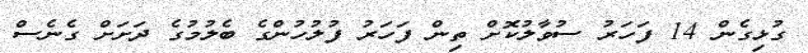
ގުޅިގެން 14 ފަހަރު ސުވާލުކޮށް ތިން ފަހަރު ފުލުހުންގެ ބެލުމުގެ ދަށަށް ގެނެސް